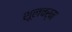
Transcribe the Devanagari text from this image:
शूलचर्म